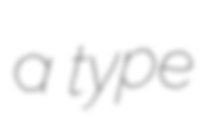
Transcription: a type